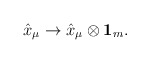
\begin{align*}\hat{x}_{\mu} \rightarrow \hat{x}_{\mu}\otimes{\bf 1}_{m}.\end{align*}